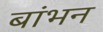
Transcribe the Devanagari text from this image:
बांभन